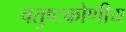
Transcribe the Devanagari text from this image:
चतुष्टकोणीय